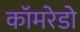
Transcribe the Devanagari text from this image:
कॉमरेडो